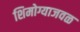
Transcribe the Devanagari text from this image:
शिमोग्याजवळ